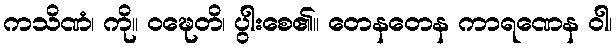
ကသိဏံ၊ ကို။ ဝဍ္ဎေတိ၊ ပွါးစေ၏။ တေနတေန ကာရဏေန ဝါ၊